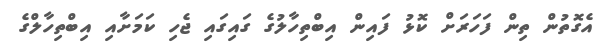
އެގޮތުން ތިން ފަހަރަށް ކޮޅު ފައިން އިބްތިހާލުގެ ގައިގައި ޖެހި ކަމަށާއި އިބްތިހާލްގެ